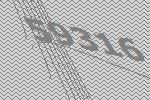
59316